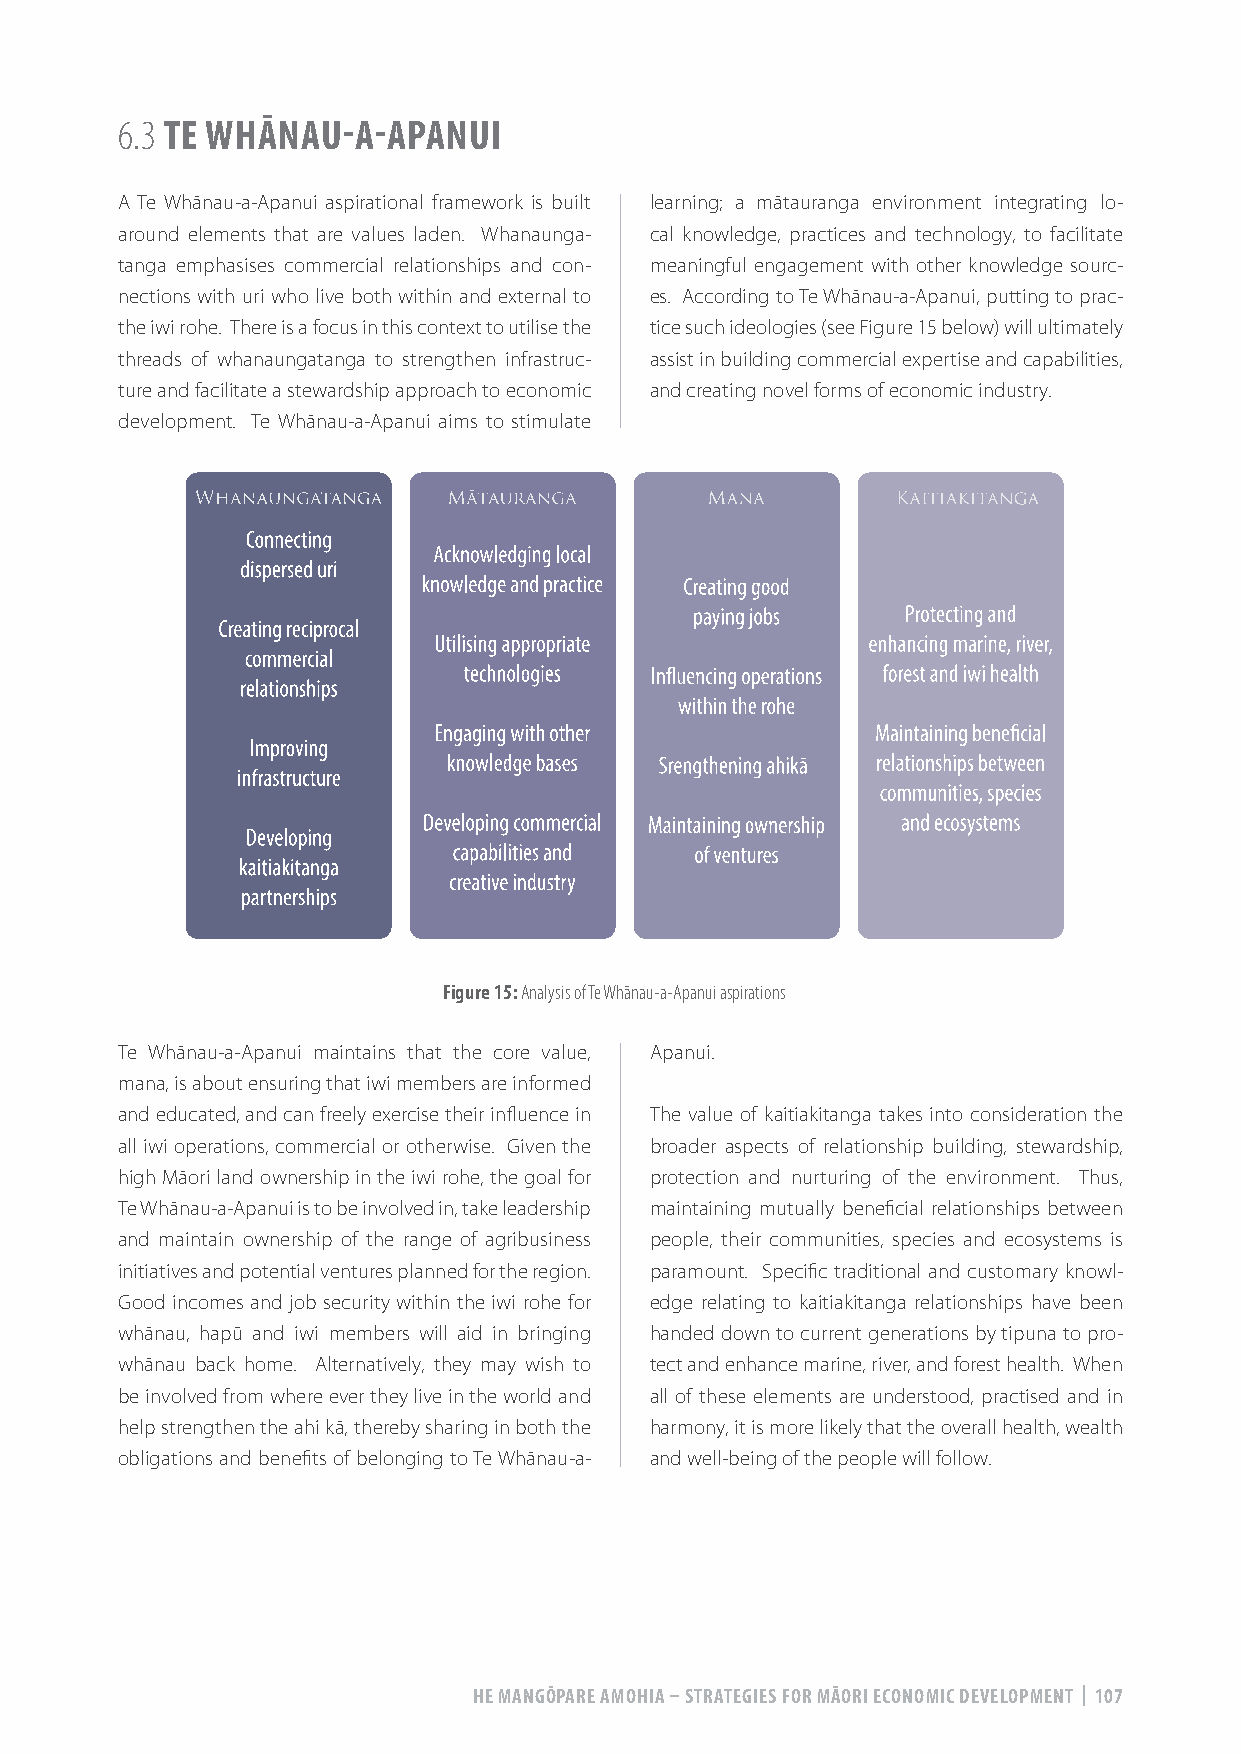
6.3 TE WHĀNAU-A-APANUI
 A Te Whānau-a-Apanui aspirational framework is built learning; a mātauranga environment integrating lo-
 around elements that are values laden. Whanaunga- cal knowledge, practices and technology, to facilitate
 tanga emphasises commercial relationships and con- meaningful engagement with other knowledge sourc-
 nections with uri who live both within and external to es. According to Te Whānau-a-Apanui, putting to prac-
 the iwi rohe. There is a focus in this context to utilise the tice such ideologies (see Figure 15 below) will ultimately
 threads of whanaungatanga to strengthen infrastruc- assist in building commercial expertise and capabilities,
 ture and facilitate a stewardship approach to economic and creating novel forms of economic industry.
 development. Te Whānau-a-Apanui aims to stimulate
 Figure 15: Analysis of Te Whānau-a-Apanui aspirations
 Te Whānau-a-Apanui maintains that the core value, Apanui.
 mana, is about ensuring that iwi members are informed
 and educated, and can freely exercise their influence in The value of kaitiakitanga takes into consideration the
 all iwi operations, commercial or otherwise. Given the broader aspects of relationship building, stewardship,
 high Māori land ownership in the iwi rohe, the goal for protection and nurturing of the environment. Thus,
 Te Whānau-a-Apanui is to be involved in, take leadership maintaining mutually beneficial relationships between
 and maintain ownership of the range of agribusiness people, their communities, species and ecosystems is
 initiatives and potential ventures planned for the region. paramount. Specific traditional and customary knowl-
 Good incomes and job security within the iwi rohe for edge relating to kaitiakitanga relationships have been
 whānau, hapū and iwi members will aid in bringing handed down to current generations by tipuna to pro-
 whānau back home. Alternatively, they may wish to tect and enhance marine, river, and forest health. When
 be involved from where ever they live in the world and all of these elements are understood, practised and in
 help strengthen the ahi kā, thereby sharing in both the harmony, it is more likely that the overall health, wealth
 obligations and benefits of belonging to Te Whānau-a- and well-being of the people will follow.
 HE MANGŌPARE AMOHIA – STRATEGIES FOR MĀORI ECONOMIC DEVELOPMENT | 107